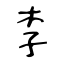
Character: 李